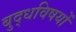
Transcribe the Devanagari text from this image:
बुद्धविषयों